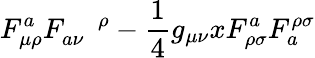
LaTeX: F_{\mu\rho}^{a}F_{a\nu}^{\; \; \; \; \rho}-{\frac{1}{4}}g_{\mu\nu}xF_{\rho\sigma}^{a}F_{a}^{\rho\sigma}